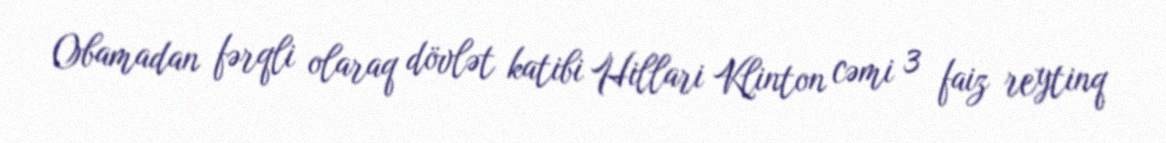
Obamadan fərqli olaraq dövlət katibi Hillari Klinton cəmi 3 faiz reytinq